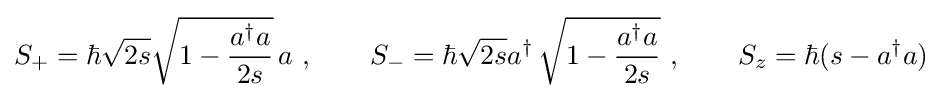
S_{+}=\hbar {\sqrt {2s}}{\sqrt {1-{\frac {a^{\dagger }a}{2s}}}}\,a~,\qquad S_{-}=\hbar {\sqrt {2s}}a^{\dagger }\,{\sqrt {1-{\frac {a^{\dagger }a}{2s}}}}~,\qquad S_{z}=\hbar (s-a^{\dagger }a)~